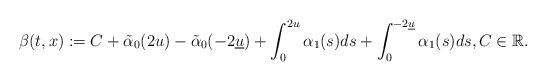
LaTeX: \begin{align*}\beta(t,x):= C+\tilde\alpha_0(2u)-\tilde \alpha_0(-2\underline{u})+\int_{0}^{2u}\alpha_1(s)ds+\int_{0}^{-2\underline{u}}\alpha_1(s)ds, C\in\mathbb R.\end{align*}